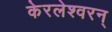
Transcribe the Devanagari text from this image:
केरलेश्वरन्